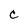
Character: c